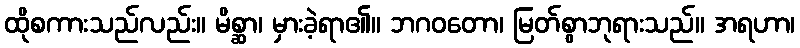
ထိုစကားသည်လည်း။ မိစ္ဆာ၊ မှားခဲ့ရာ၏။ ဘဂဝတော၊ မြတ်စွာဘုရားသည်။ အရဟာ၊